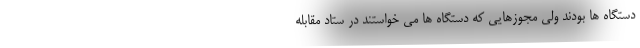
دستگاه ها بودند ولی مجوزهایی که دستگاه ها می خواستند در ستاد مقابله